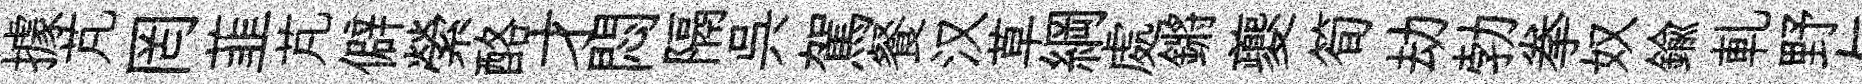
據芃罔韮芃僻縈酪才悶隔呉駕餐汉草綱處鏘夔筍劫勃拳奴鍮軋野与